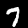
Label: 7